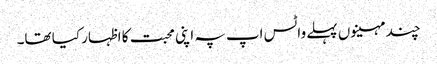
چند مہینوں پہلے واٹس اپ پہ اپنی محبت کا اظہار کیا تھا۔